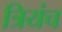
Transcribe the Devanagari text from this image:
त्रियंच